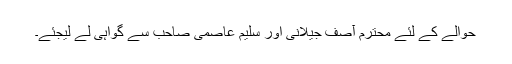
حوالے کے لئے محترم آصف جیلانی اور سلیم عاصمی صاحب سے گواہی لے لیجئے۔